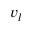
v _ { l }